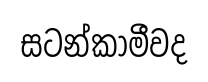
සටන්කාමීවද